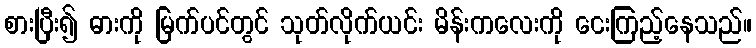
စားပြီး၍ ဓားကို မြက်ပင်တွင် သုတ်လိုက်ယင်း မိန်းကလေးကို ငေးကြည့်နေသည်။